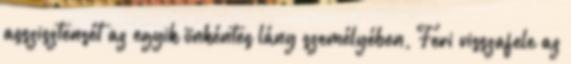
asszisztensét az egyik önkéntes lány személyében, Feri visszafele az